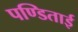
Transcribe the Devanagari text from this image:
पण्डिताई